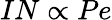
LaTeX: IN\propto Pe